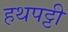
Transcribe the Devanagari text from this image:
हथपट्टी